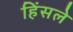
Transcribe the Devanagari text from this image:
हिंसले